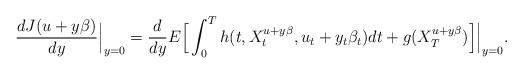
LaTeX: \begin{align*}\frac{d J(u+y\beta)}{dy}\Big|_{y=0} = \frac{d}{dy} E\Big[\int_0^T h(t, X_t^{u + y\beta}, u_t+y_t \beta_t)dt + g(X_T^{u+y\beta})\Big]\Big|_{y=0} .\end{align*}